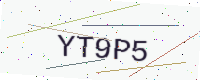
Text: YT9P5